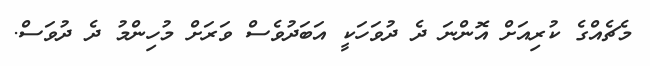
މެޗެއްގެ ކުރިއަށް އޮންނަ ދެ ދުވަހަކީ އަބަދުވެސް ވަރަށް މުހިންމު ދެ ދުވަސް.